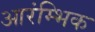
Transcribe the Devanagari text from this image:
आरंम्भिक